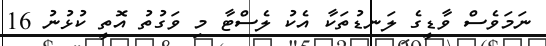
ނަމަވެސް ވާޑީގެ ލަނޑުތަކާ އެކު ލެސްޓާ މި ވަގުތު އޮތީ ކުޅުނު 16